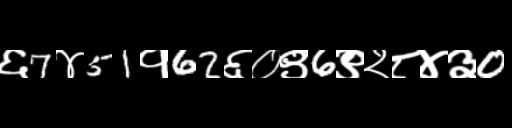
Text: ६7४51१62६०९6९२८४३0